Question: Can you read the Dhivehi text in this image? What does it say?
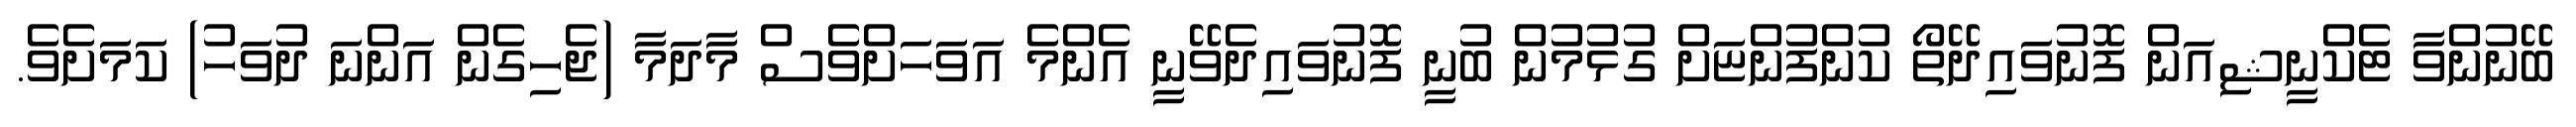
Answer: ބޭނުންވާ ޓެކްނީޝިއަން ފޮނުވައިދޭތޯ ކުންފުންޏަށް ގުޅުމުން ބުނީ ފޮނުވައިދެވޭނީ އެންމެ އަވަހަށްވެސް މާދަމާ (ޖެހިގެން އަންނަ ދުވަހު) ކަމަށެވެ.